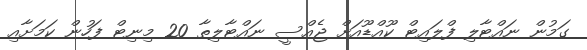
ގަމުން ނައްޓާލި ފްލައިޓް ކޫއްޑޫއަށް ޖެއްސީ ނައްޓާލިތާ 20 މިނިޓް ފަހުން ކަމަށާއި